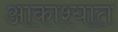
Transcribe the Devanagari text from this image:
आकाश्यात